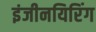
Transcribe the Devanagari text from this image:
इंजीनयिरिंग